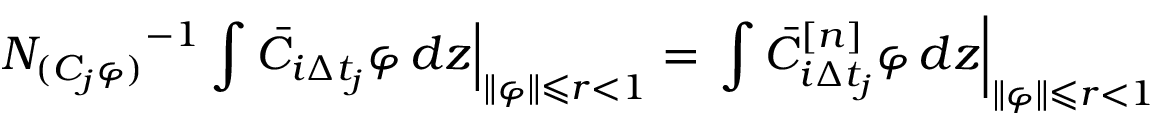
\left. { N _ { ( C _ { j } \varphi ) } } ^ { - 1 } \int \bar { C } _ { i \Delta t _ { j } } \varphi \mathop { } \! { d { z } } \right| _ { \| \varphi \| \leqslant r < 1 } = \left. \int \bar { C } _ { i \Delta t _ { j } } ^ { [ n ] } \varphi \mathop { } \! { d { z } } \right| _ { \| \varphi \| \leqslant r < 1 }